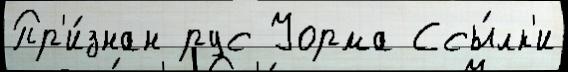
Пр'и́знан рус Уорма Ссы́лк'и